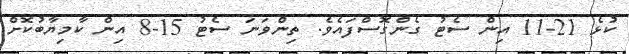
ކުޅެ 21-11 އިން ސެޓު ގެންގޮސްފައެވެ. ތިންވަނަ ސެޓު 15-8 އިން ކާމިޔާބުކޮށް